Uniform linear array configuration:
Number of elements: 8
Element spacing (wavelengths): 0.5
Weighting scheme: cosine
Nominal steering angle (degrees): -15
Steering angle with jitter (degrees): -14.338
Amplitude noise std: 0.05
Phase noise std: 0.05

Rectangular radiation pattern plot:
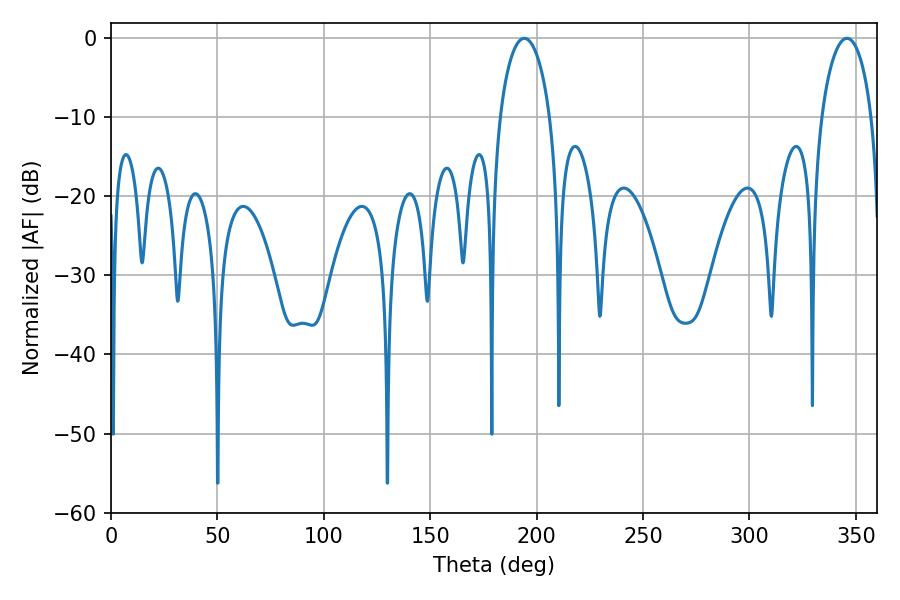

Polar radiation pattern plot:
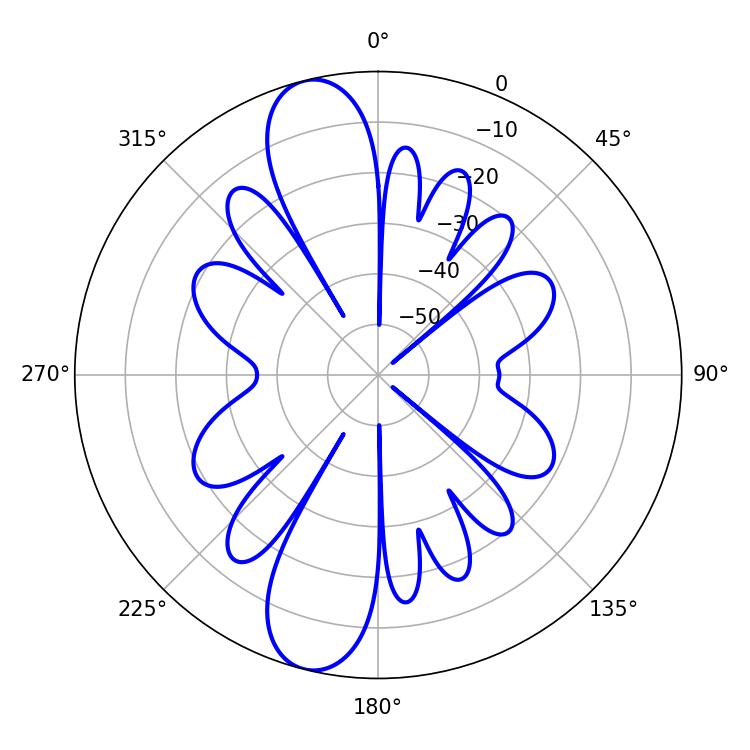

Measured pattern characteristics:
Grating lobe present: FALSE
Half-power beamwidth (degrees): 13.5
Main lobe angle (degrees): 194.22